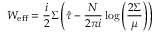
{ \cal W } _ { \mathrm { e f f } } = \frac { i } { 2 } \Sigma \left( \hat { \tau } - \frac { N } { 2 \pi i } \log \left( \frac { 2 \Sigma } { \mu } \right) \right)